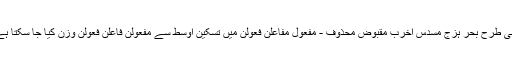
اسی طرح بحر ہزج مسدس اخرب مقبوض محذوف - مفعول مفاعلن فعولن میں تسکین اوسط سے مفعولن فاعلن فعولن وزن کیا جا سکتا ہے۔